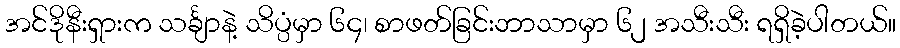
အင်ဒိုနီးရှားက သင်္ချာနဲ့ သိပ္ပံမှာ ၆၄၊ စာဖတ်ခြင်းဘာသာမှာ ၆၂ အသီးသီး ရရှိခဲ့ပါတယ်။